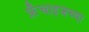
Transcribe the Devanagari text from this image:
फ्रँचाइजच्या